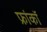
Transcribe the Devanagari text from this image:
फ्रांकॉ